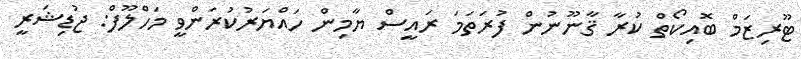
ޓޫރިޒަމް ބޮއިކޯތް ކުރާ ޤާނޫނުން ފުރަތަމަ ރައީސް ޔާމިން ހައްޔަރުކުރަންވީ މަހްލޫފް: ޖުޑިޝަރީ